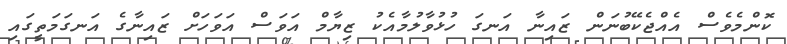
ކޮންމެވެސް އެއްޖެކޭބުނަން ޒައިނާ އަނގަ ހުޅުވާލުމާއެކު ޒިޔާމް އަވަސް އަވަހަށް ޒައިނާގެ އަނގަމަތީގައި